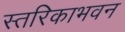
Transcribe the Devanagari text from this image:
स्तरिकाभवन